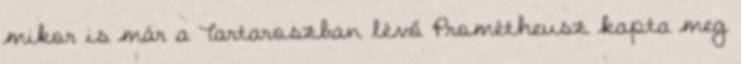
mikor is már a Tartaroszban lévő Prométheusz kapta meg